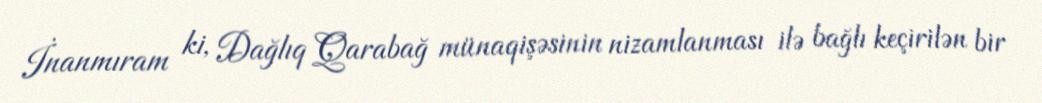
İnanmıram ki, Dağlıq Qarabağ münaqişəsinin nizamlanması ilə bağlı keçirilən bir